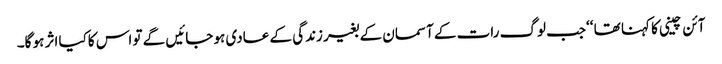
آئن چینی کا کہنا تھا ‘‘جب لوگ رات کے آسمان کے بغیر زندگی کے عادی ہو جائیں گے تو اس کاکیا اثر ہو گا۔